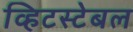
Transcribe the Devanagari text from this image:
व्हिटस्टेबल